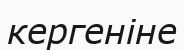
кергеніне